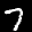
Label: 7